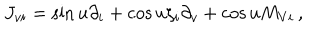
J _ { v i } = \sin u \partial _ { i } + \cos u \zeta _ { i } \partial _ { v } + \cos u M _ { V i } \, ,